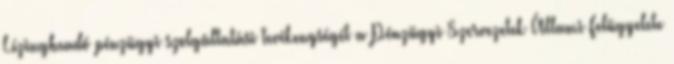
Lízingbeadó pénzügyi szolgáltatási tevékenységét a Pénzügyi Szervezetek Állami Felügyelete